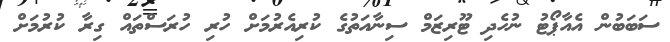
ސަބަބުން އެއާޕޯޓު ނުހެދި ޓޫރިޒަމް ސިނާއަތުގެ ކުރިއެރުމަށް ހުރި ހުރަސްތައް ގިރާ ކުރުމަށް